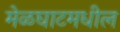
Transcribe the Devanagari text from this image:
मेळघाटमधील